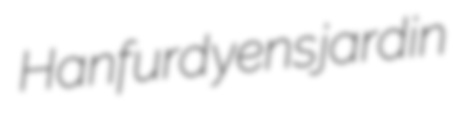
Hanfurd yens jardin